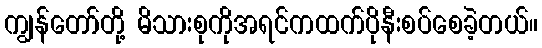
ကျွန်တော်တို့ မိသားစုကိုအရင်ကထက်ပိုနီးစပ်စေခဲ့တယ်။